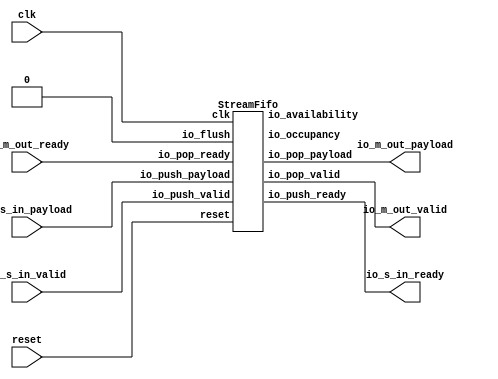
// Generator : SpinalHDL v1.7.0a    git head : 150a9b9067020722818dfb17df4a23ac712a7af8
// Component : streamFIFO_1
// Git hash  : 3a903e741cbbe310a98c75dc1ebbd289cb1c87a4

`timescale 1ns/1ps

module streamFIFO_1 (
  input               io_s_in_valid,
  output              io_s_in_ready,
  input      [31:0]   io_s_in_payload,
  output              io_m_out_valid,
  input               io_m_out_ready,
  output     [31:0]   io_m_out_payload,
  input               clk,
  input               reset
);

  wire                FIFO_io_push_ready;
  wire                FIFO_io_pop_valid;
  wire       [31:0]   FIFO_io_pop_payload;
  wire       [3:0]    FIFO_io_occupancy;
  wire       [3:0]    FIFO_io_availability;

  StreamFifo FIFO (
    .io_push_valid   (io_s_in_valid            ), //i
    .io_push_ready   (FIFO_io_push_ready       ), //o
    .io_push_payload (io_s_in_payload[31:0]    ), //i
    .io_pop_valid    (FIFO_io_pop_valid        ), //o
    .io_pop_ready    (io_m_out_ready           ), //i
    .io_pop_payload  (FIFO_io_pop_payload[31:0]), //o
    .io_flush        (1'b0                     ), //i
    .io_occupancy    (FIFO_io_occupancy[3:0]   ), //o
    .io_availability (FIFO_io_availability[3:0]), //o
    .clk             (clk                      ), //i
    .reset           (reset                    )  //i
  );
  assign io_s_in_ready = FIFO_io_push_ready;
  assign io_m_out_valid = FIFO_io_pop_valid;
  assign io_m_out_payload = FIFO_io_pop_payload;

endmodule

module StreamFifo (
  input               io_push_valid,
  output              io_push_ready,
  input      [31:0]   io_push_payload,
  output              io_pop_valid,
  input               io_pop_ready,
  output     [31:0]   io_pop_payload,
  input               io_flush,
  output     [3:0]    io_occupancy,
  output     [3:0]    io_availability,
  input               clk,
  input               reset
);

  reg        [31:0]   _zz_logic_ram_port0;
  wire       [2:0]    _zz_logic_pushPtr_valueNext;
  wire       [0:0]    _zz_logic_pushPtr_valueNext_1;
  wire       [2:0]    _zz_logic_popPtr_valueNext;
  wire       [0:0]    _zz_logic_popPtr_valueNext_1;
  wire                _zz_logic_ram_port;
  wire                _zz_io_pop_payload;
  wire       [2:0]    _zz_io_availability;
  reg                 _zz_1;
  reg                 logic_pushPtr_willIncrement;
  reg                 logic_pushPtr_willClear;
  reg        [2:0]    logic_pushPtr_valueNext;
  reg        [2:0]    logic_pushPtr_value;
  wire                logic_pushPtr_willOverflowIfInc;
  wire                logic_pushPtr_willOverflow;
  reg                 logic_popPtr_willIncrement;
  reg                 logic_popPtr_willClear;
  reg        [2:0]    logic_popPtr_valueNext;
  reg        [2:0]    logic_popPtr_value;
  wire                logic_popPtr_willOverflowIfInc;
  wire                logic_popPtr_willOverflow;
  wire                logic_ptrMatch;
  reg                 logic_risingOccupancy;
  wire                logic_pushing;
  wire                logic_popping;
  wire                logic_empty;
  wire                logic_full;
  reg                 _zz_io_pop_valid;
  wire                when_Stream_l1021;
  wire       [2:0]    logic_ptrDif;
  reg [31:0] logic_ram [0:7];

  assign _zz_logic_pushPtr_valueNext_1 = logic_pushPtr_willIncrement;
  assign _zz_logic_pushPtr_valueNext = {2'd0, _zz_logic_pushPtr_valueNext_1};
  assign _zz_logic_popPtr_valueNext_1 = logic_popPtr_willIncrement;
  assign _zz_logic_popPtr_valueNext = {2'd0, _zz_logic_popPtr_valueNext_1};
  assign _zz_io_availability = (logic_popPtr_value - logic_pushPtr_value);
  assign _zz_io_pop_payload = 1'b1;
  always @(posedge clk) begin
    if(_zz_io_pop_payload) begin
      _zz_logic_ram_port0 <= logic_ram[logic_popPtr_valueNext];
    end
  end

  always @(posedge clk) begin
    if(_zz_1) begin
      logic_ram[logic_pushPtr_value] <= io_push_payload;
    end
  end

  always @(*) begin
    _zz_1 = 1'b0;
    if(logic_pushing) begin
      _zz_1 = 1'b1;
    end
  end

  always @(*) begin
    logic_pushPtr_willIncrement = 1'b0;
    if(logic_pushing) begin
      logic_pushPtr_willIncrement = 1'b1;
    end
  end

  always @(*) begin
    logic_pushPtr_willClear = 1'b0;
    if(io_flush) begin
      logic_pushPtr_willClear = 1'b1;
    end
  end

  assign logic_pushPtr_willOverflowIfInc = (logic_pushPtr_value == 3'b111);
  assign logic_pushPtr_willOverflow = (logic_pushPtr_willOverflowIfInc && logic_pushPtr_willIncrement);
  always @(*) begin
    logic_pushPtr_valueNext = (logic_pushPtr_value + _zz_logic_pushPtr_valueNext);
    if(logic_pushPtr_willClear) begin
      logic_pushPtr_valueNext = 3'b000;
    end
  end

  always @(*) begin
    logic_popPtr_willIncrement = 1'b0;
    if(logic_popping) begin
      logic_popPtr_willIncrement = 1'b1;
    end
  end

  always @(*) begin
    logic_popPtr_willClear = 1'b0;
    if(io_flush) begin
      logic_popPtr_willClear = 1'b1;
    end
  end

  assign logic_popPtr_willOverflowIfInc = (logic_popPtr_value == 3'b111);
  assign logic_popPtr_willOverflow = (logic_popPtr_willOverflowIfInc && logic_popPtr_willIncrement);
  always @(*) begin
    logic_popPtr_valueNext = (logic_popPtr_value + _zz_logic_popPtr_valueNext);
    if(logic_popPtr_willClear) begin
      logic_popPtr_valueNext = 3'b000;
    end
  end

  assign logic_ptrMatch = (logic_pushPtr_value == logic_popPtr_value);
  assign logic_pushing = (io_push_valid && io_push_ready);
  assign logic_popping = (io_pop_valid && io_pop_ready);
  assign logic_empty = (logic_ptrMatch && (! logic_risingOccupancy));
  assign logic_full = (logic_ptrMatch && logic_risingOccupancy);
  assign io_push_ready = (! logic_full);
  assign io_pop_valid = ((! logic_empty) && (! (_zz_io_pop_valid && (! logic_full))));
  assign io_pop_payload = _zz_logic_ram_port0;
  assign when_Stream_l1021 = (logic_pushing != logic_popping);
  assign logic_ptrDif = (logic_pushPtr_value - logic_popPtr_value);
  assign io_occupancy = {(logic_risingOccupancy && logic_ptrMatch),logic_ptrDif};
  assign io_availability = {((! logic_risingOccupancy) && logic_ptrMatch),_zz_io_availability};
  always @(posedge clk or posedge reset) begin
    if(reset) begin
      logic_pushPtr_value <= 3'b000;
      logic_popPtr_value <= 3'b000;
      logic_risingOccupancy <= 1'b0;
      _zz_io_pop_valid <= 1'b0;
    end else begin
      logic_pushPtr_value <= logic_pushPtr_valueNext;
      logic_popPtr_value <= logic_popPtr_valueNext;
      _zz_io_pop_valid <= (logic_popPtr_valueNext == logic_pushPtr_value);
      if(when_Stream_l1021) begin
        logic_risingOccupancy <= logic_pushing;
      end
      if(io_flush) begin
        logic_risingOccupancy <= 1'b0;
      end
    end
  end


endmodule